Morphology and life history of Herpetomonas culicis, Novy, MacNeal and Torrey - Number 57
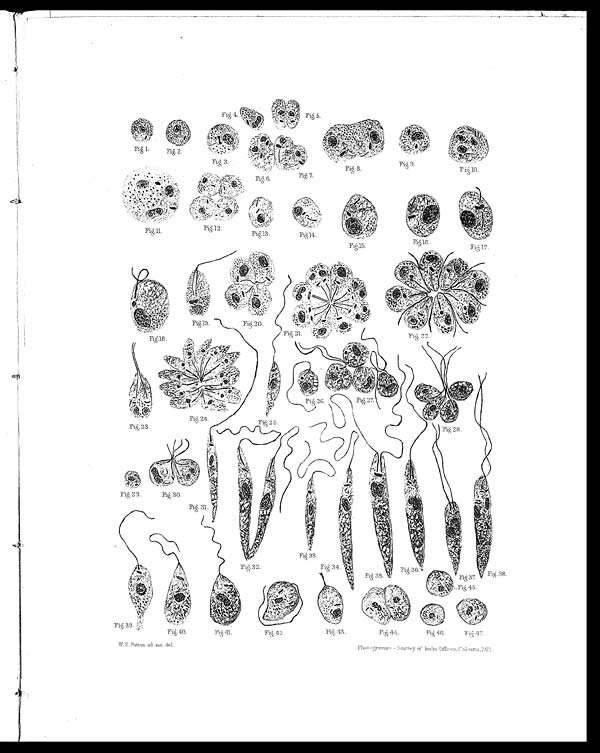
Fig. 1.
Fig. 2.
Fig. 3.
Fig. 4.
Fi g. 5.
Fi g. 6.
Fig. 7.
Fi g. 8.
Fi g. 9.
Fi g. 10.
Fi g. 11.
Fi g. 12.
Fi g. 13.
Fi g. 14.
Fi g. 15.
Fi g. 16.
Fi g. 17.
Fi g. 18.
Fi g. 19.
Fi g. 20.
Fi g. 21.
Fi g. 22.
Fi g. 23.
Fi g. 24.
Fi g. 25.
Fi g. 26.
Fi g. 27.
Fi g. 28.
Fi g. 29.
Fi g. 30.
Fi g. 31.
Fi g. 32.
Fi g. 33.
Fi g. 34.
Fi g. 35.
Fi g. 36.
Fi g. 37.
Fi g. 38.
Fi g. 39.
Fi g. 40.
Fi g. 41.
Fi g. 42.
Fi g. 43.
Fi g. 44.
Fi g. 45.
Fi g. 46.
Fig. 47.
W. S . P a t t o n a d . n a t . d e l . P h o t o g r a v u r e - S u r v e y o f I n d i a O f f i c e s . C a l c u t t a , 1 9 1 2 .